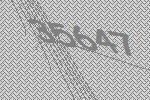
35647